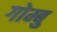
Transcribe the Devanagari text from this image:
गोम्बु